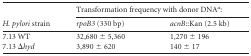
| <ROWSPAN=2> H. pylori strain | <COLSPAN=2> Transformation frequency with donor DNAa: |
 | rpoB3 (330 bp) | acnB::Kan (2.5 kb) |
 | --- | --- | --- |
 | 7.13 WT | 32,680 ± 5,360 | 1,270 ± 196 |
 | 7.13 Δhyd | 3,890 ± 620 | 140 ± 17 |